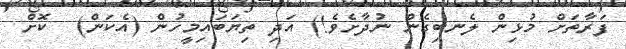
ފަރާތަށް މުޅިން ލެނބިގެން ނުދާށެވެ!) އަދި ތިޔަބައިމީހުން (އެކަން)  ކޮށް